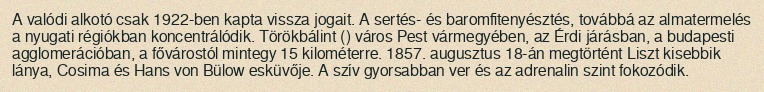
A valódi alkotó csak 1922-ben kapta vissza jogait. A sertés- és baromfitenyésztés, továbbá az almatermelés a nyugati régiókban koncentrálódik. Törökbálint () város Pest vármegyében, az Érdi járásban, a budapesti agglomerációban, a fővárostól mintegy 15 kilométerre. 1857. augusztus 18-án megtörtént Liszt kisebbik lánya, Cosima és Hans von Bülow esküvője. A szív gyorsabban ver és az adrenalin szint fokozódik.